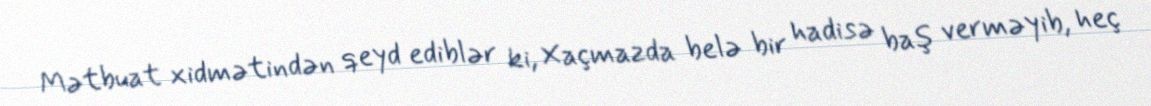
Mətbuat xidmətindən qeyd ediblər ki, Xaçmazda belə bir hadisə baş verməyib, heç